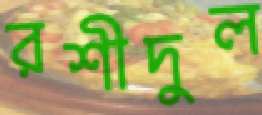
রশীদুল